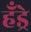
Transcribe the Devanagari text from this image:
हँड्रे